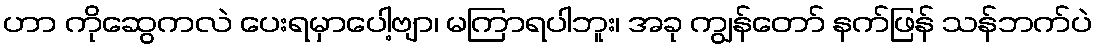
ဟာ ကိုဆွေကလဲ ပေးရမှာပေါ့ဗျာ၊ မကြာရပါဘူး၊ အခု ကျွန်တော် နက်ဖြန် သန်ဘက်ပဲ